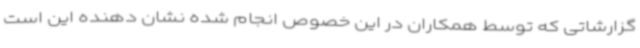
گزارشاتی که توسط همکاران در این خصوص انجام شده نشان دهنده این است